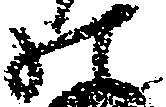
の